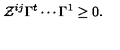
\mathcal { Z } ^ { i j } \Gamma ^ { t } \cdots \Gamma ^ { 1 } \geq 0 .